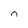
Character: n